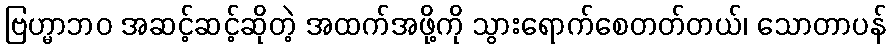
ဗြဟ္မာဘဝ အဆင့်ဆင့်ဆိုတဲ့ အထက်အဖို့ကို သွားရောက်စေတတ်တယ်၊ သောတာပန်